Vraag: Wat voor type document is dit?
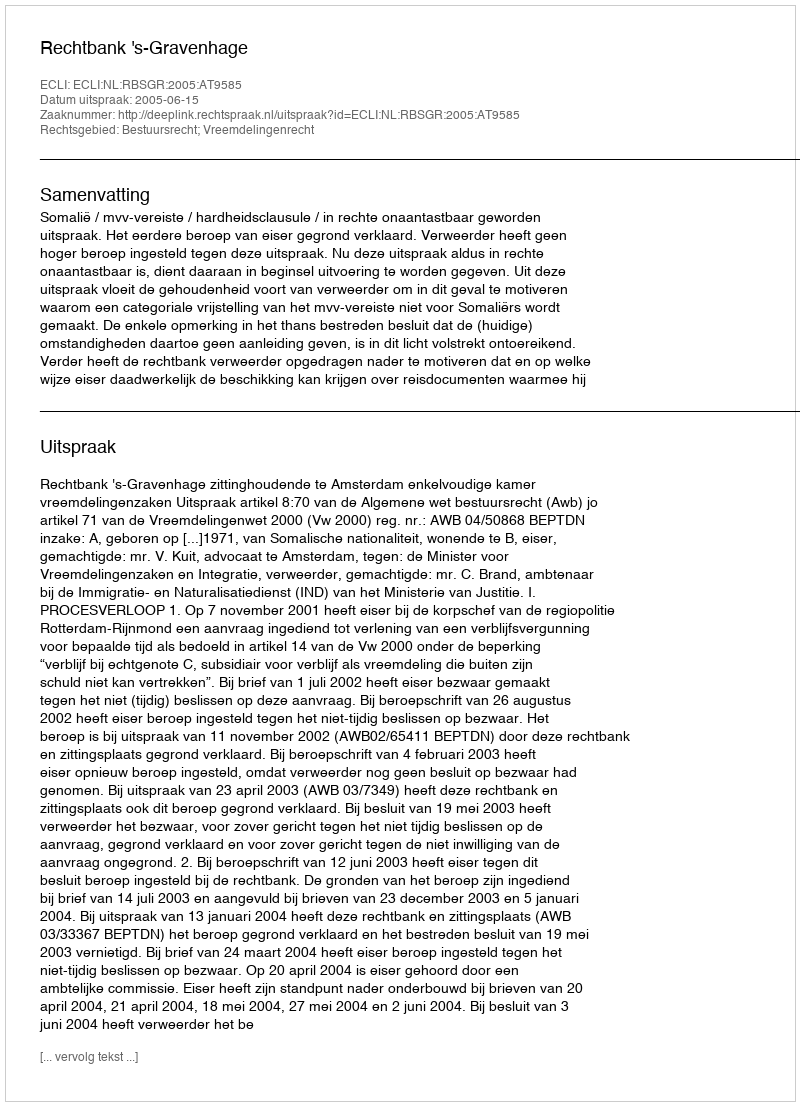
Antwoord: Uitspraak